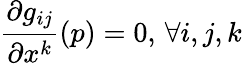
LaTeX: {\frac{\partial g_{ij}}{\partial x^{k}}}(p)=0,\, \forall i,j,k